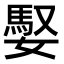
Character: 𪦠